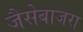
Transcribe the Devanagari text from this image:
जैसेबाजरा